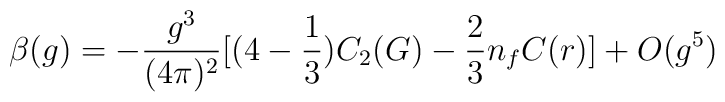
\beta(g)=-\frac{g^3}{(4\pi)^2}[(4-\frac{1}{3})C_2(G)-\frac{2}{3}n_fC(r)]+O(g^5)